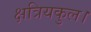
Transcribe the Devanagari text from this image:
क्षत्रियकुल।